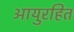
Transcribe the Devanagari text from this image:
आयुरहित